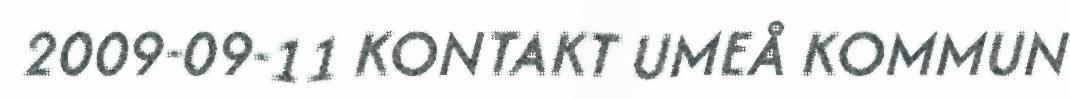
2009-09-11 KONTAKT UMEÅ KOMMUN